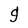
Character: g